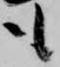
も